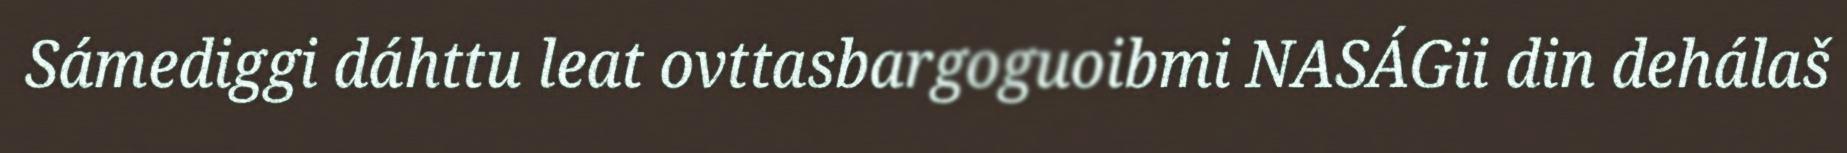
Sámediggi dáhttu leat ovttasbargoguoibmi NASÁGii din dehálaš